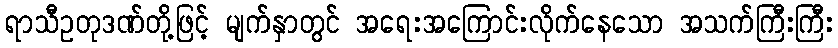
ရာသီဥတုဒဏ်တို့ဖြင့် မျက်နှာတွင် အရေးအကြောင်းလိုက်နေသော အသက်ကြီးကြီး